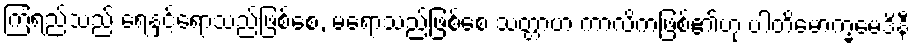
ကြံရည်သည် ရေနှင့်ရောသည်ဖြစ်စေ, မရောသည်ဖြစ်စေ သတ္တာဟ ကာလိကဖြစ်၏ဟု ပါတိမောက္ခမေဒိနီ